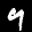
Label: 9